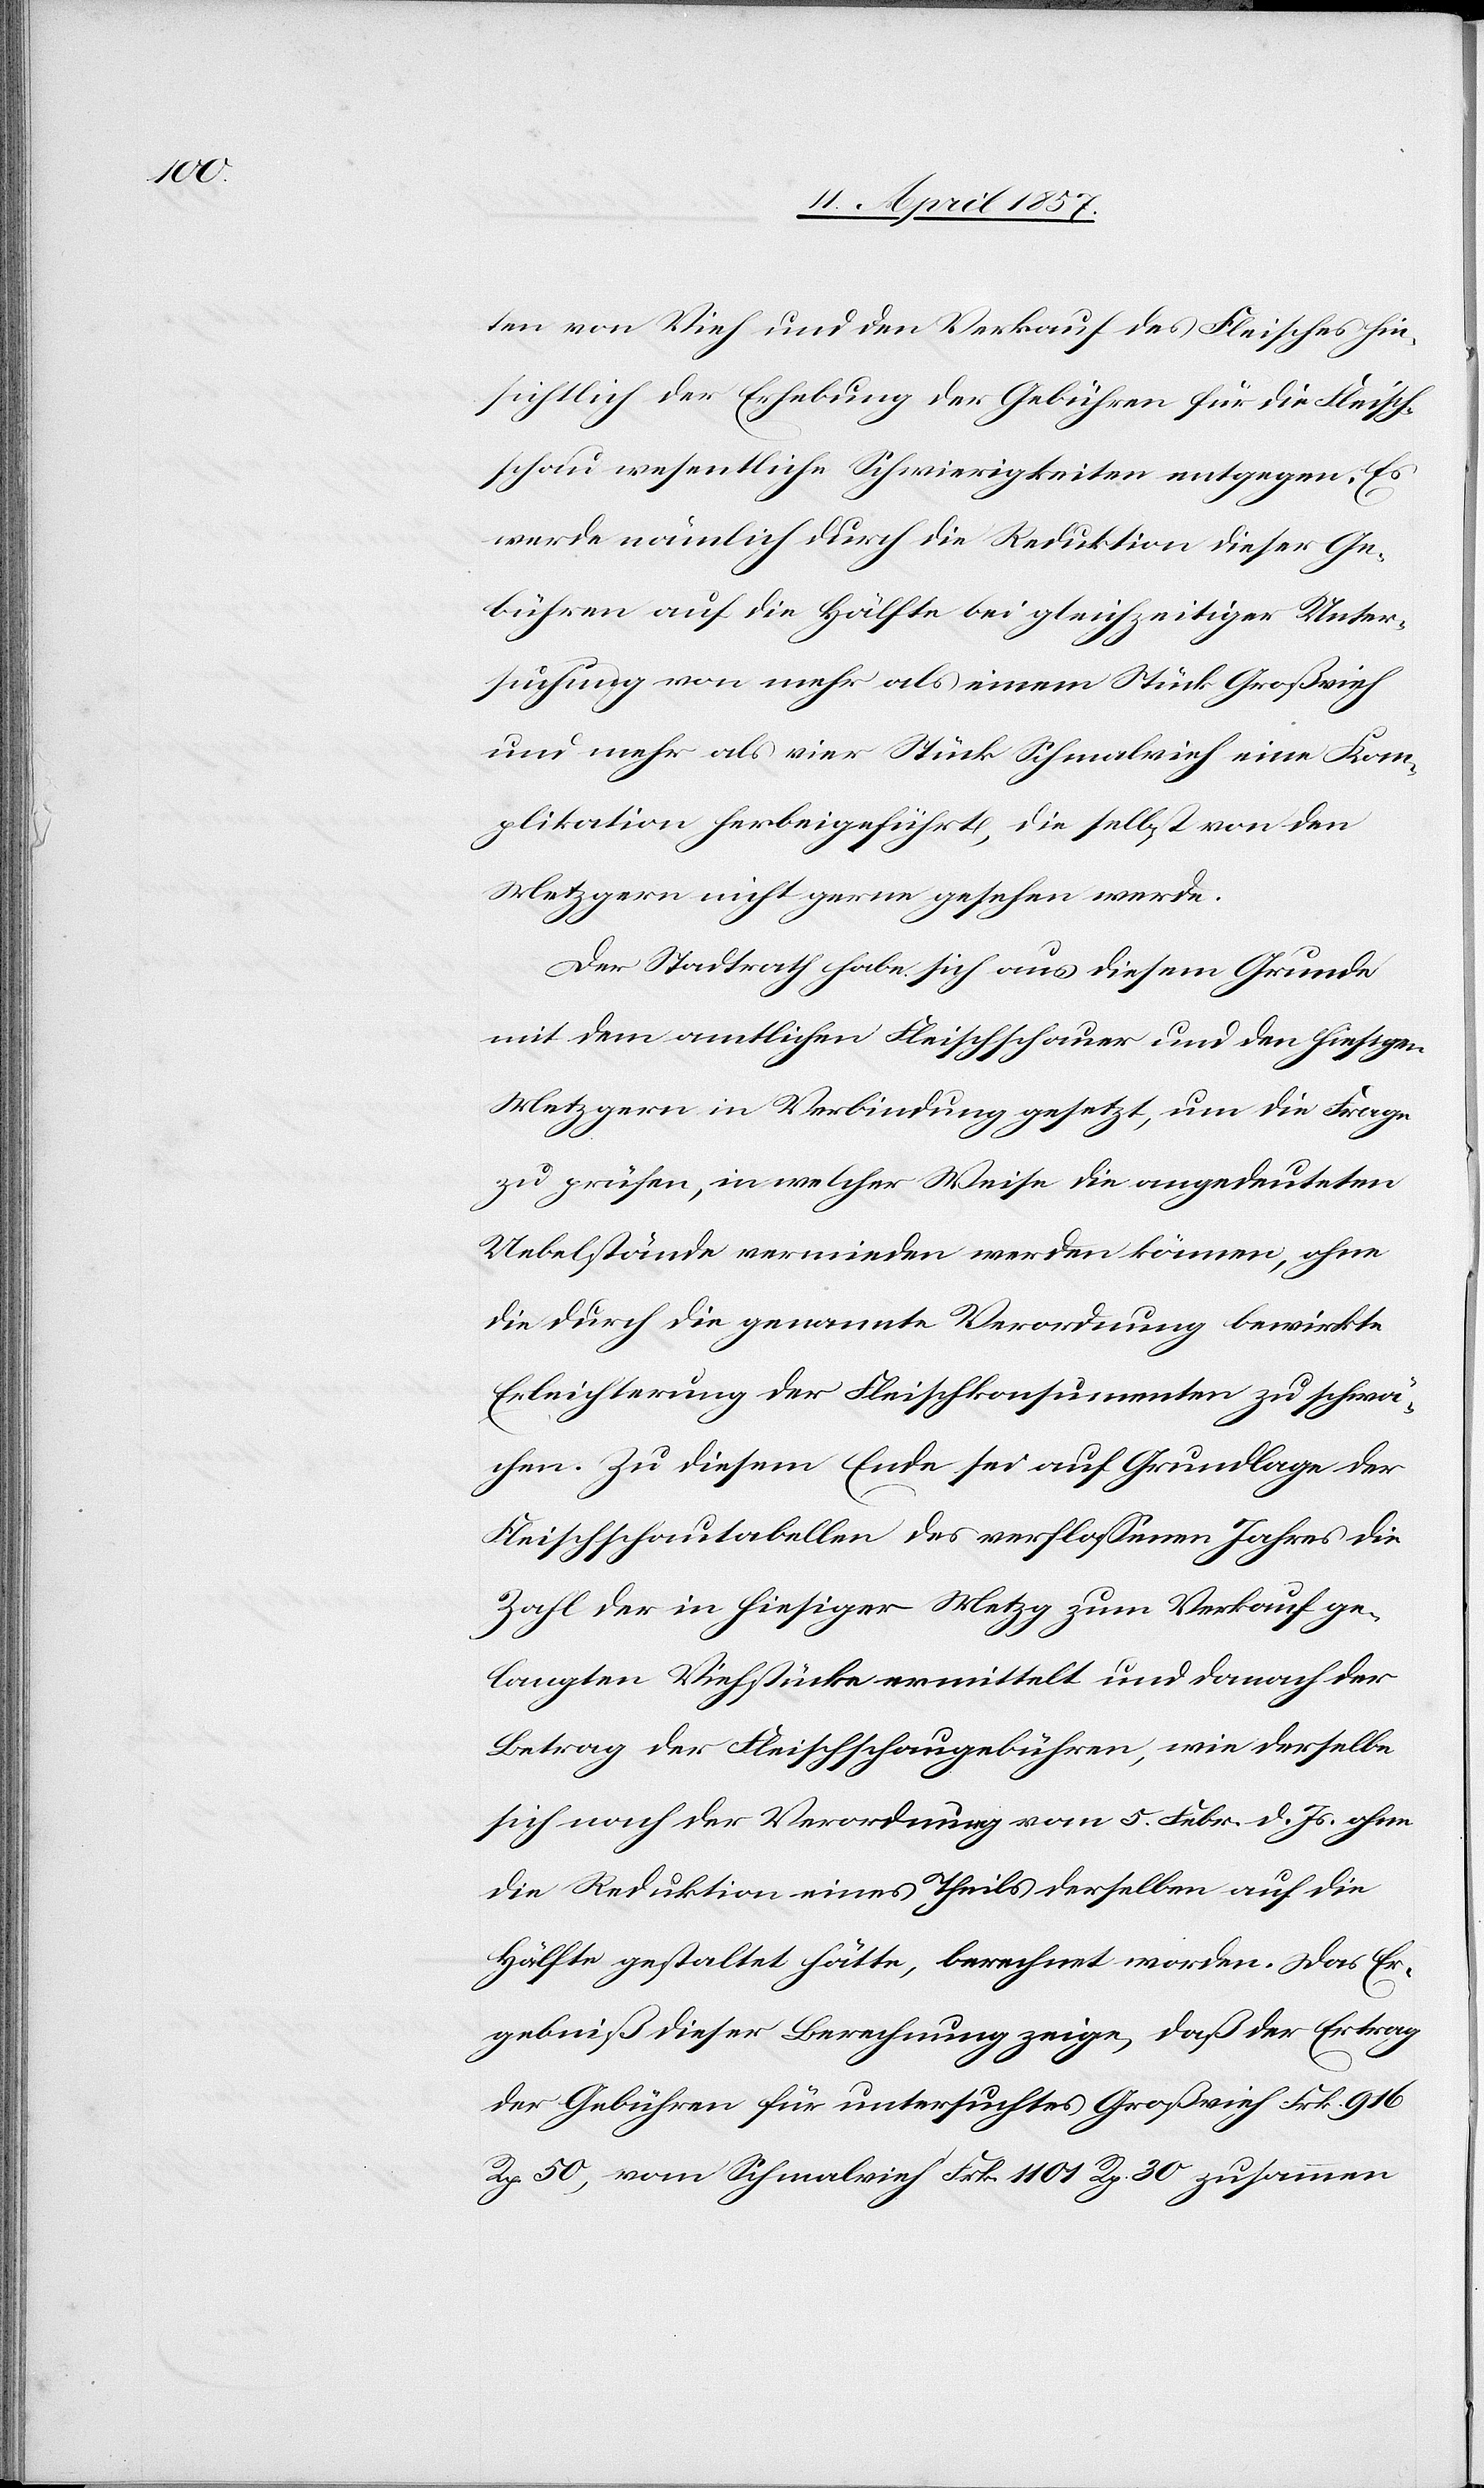
ten von Vieh und den Verkauf des Fleisches hin¬
sichtlich der Erhebung der Gebühren für die Fleisch¬
schau wesentliche Schwierigkeiten entgegen. Es
werde nämlich durch die Reduktion dieser Ge¬
bühren auf die Hälfte bei gleichzeitiger Unter¬
suchung von mehr als einem Stück Großvieh
und mehr als vier Stück Schmalvieh eine Kom¬
plikation herbeigeführt, die selbst von den
Metzgern nicht gerne gesehen werde.
Der Stadtrath habe sich aus diesem Grunde
mit dem amtlichen Fleischschauer und den hiesigen
Metzgern in Verbindung gesetzt, um die Frage
zu prüfen, in welcher Weise die angedeuteten
Uebelstände vermieden werden können, ohne
die durch die genannte Verordnung bewirkte
Erleichterung der Fleischkonsumenten zu schwä¬
chen. Zu diesem Ende sei auf Grundlage der
Fleischschautabellen des verflossenen Jahres die
Zahl der in hiesiger Metzg zum Verkauf ge¬
langten Viehstücke ermittelt und danach der
Betrag der Fleischschaugebühren, wie derselbe
sich nach der Verordnung vom 5. Febr. d. Js. ohne
die Reduktion eines Theils derselben auf die
Hälfte gestaltet hätte, berechnet worden. Das Er¬
gebniß dieser Berechnung zeige, daß der Ertrag
der Gebühren für untersuchtes Großvieh Frk. 916
Rp. 50, vom Schmalvieh Frk. 1101 Rp. 30 zusammen